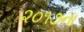
૨૦૧૭ના